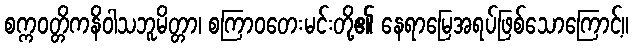
စက္ကဝတ္တိကနိဝါသဘူမိတ္တာ၊ စကြာဝတေးမင်းတို့၏ နေရာမြေအရပ်ဖြစ်သောကြောင့်။